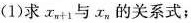
(1)求$$x _ { n + 1 }$$+与x_{n}的关系式；